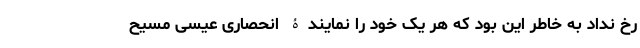
رخ نداد به خاطر این بود که هر یک خود را نمایندۀ انحصاری عیسی مسیح